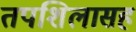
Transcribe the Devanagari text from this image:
तपशिलासह